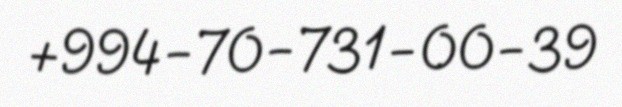
+994-70-731-00-39